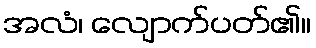
အလံ၊ လျောက်ပတ်၏။